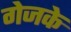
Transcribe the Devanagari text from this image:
गेजके